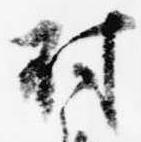
付